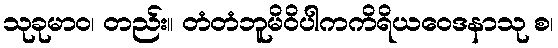
သုခုမာဝ၊ တည်း။ တံတံဘူမိဝိပါကကိရိယဝေဒနာသု စ၊